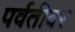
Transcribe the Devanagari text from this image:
पर्वतीवर